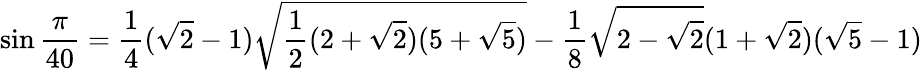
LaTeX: \sin{\frac{\pi}{40}}={\frac{1}{4}}({\sqrt{2}}-1){\sqrt{{\frac{1}{2}}(2+{\sqrt{2}})(5+{\sqrt{5}})}}-{\frac{1}{8}}{\sqrt{2-{\sqrt{2}}}}(1+{\sqrt{2}})({\sqrt{5}}-1)